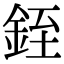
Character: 銍